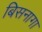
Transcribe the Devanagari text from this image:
बिसनागा